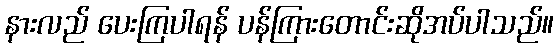
နားလည် ပေးကြပါရန် ပန်ကြားတောင်းဆိုအပ်ပါသည်။